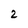
Character: 2